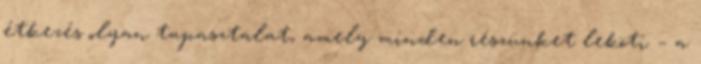
étkezés olyan tapasztalat, amely minden részünket leköti – a